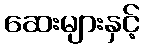
ဆေးများနှင့်